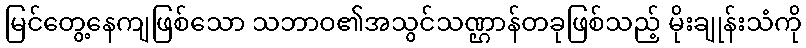
မြင်တွေ့နေကျဖြစ်သော သဘာဝ၏အသွင်သဏ္ဌာန်တခုဖြစ်သည့် မိုးချုန်းသံကို